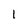
Character: 1